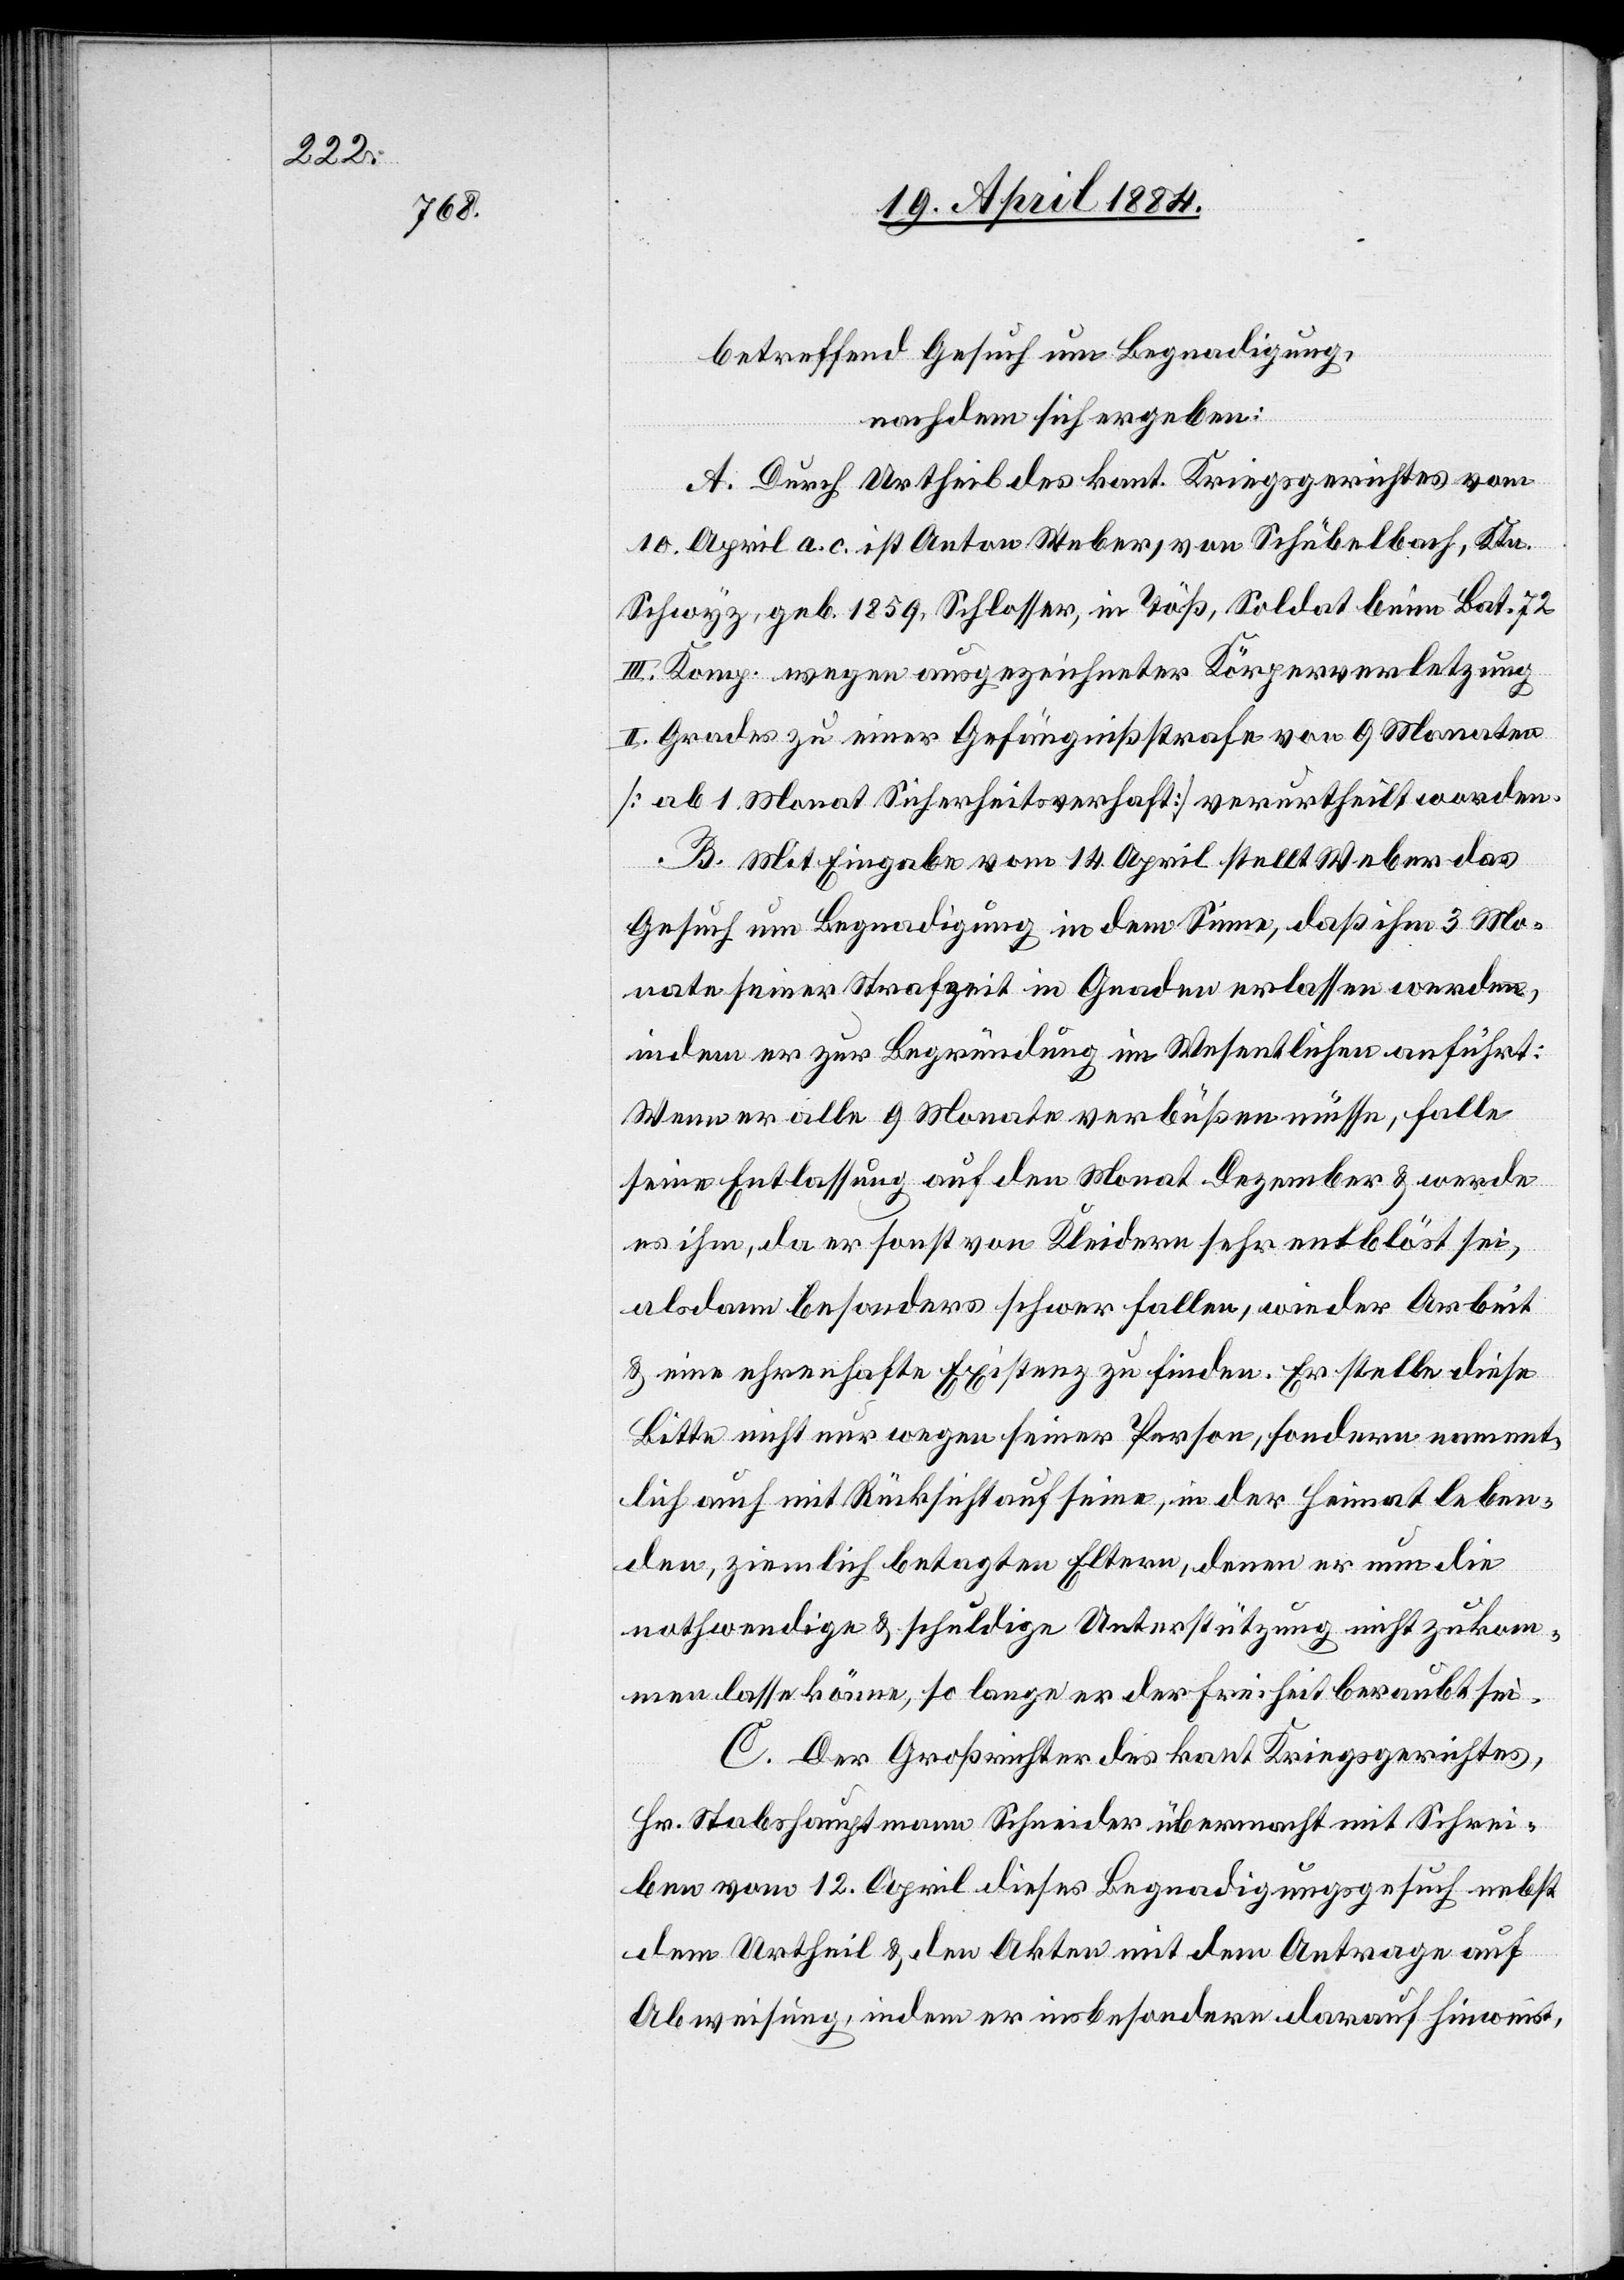
betreffend Gesuch um Begnadigung,
nachdem sich ergeben:
A. Durch Urtheil des kant. Kriegsgerichtes vom
10. April a. c. ist Anton Weber, von Schübelbach, Ktn.
Schwyz, geb. 1859, Schlosser, in Töß, Soldat beim Bat. 72
III. Komp. wegen ausgezeichneter Körperverletzung
II. Grades zu einer Gefängnißstrafe von 9 Monaten
[ab 1 Monat Sicherheitsverhaft] verurtheilt worden.
B. Mit Eingabe vom 14. April stellt Weber das
Gesuch um Begnadigung in dem Sinne, daß ihm 3 Mo¬
nate seiner Strafzeit in Gnaden erlassen werden,
indem er zur Begründung im Wesentlichen anführt:
Wenn er alle 9 Monate verbüßen müsse, falle
seine Entlassung auf den Monat Dezember & werde
es ihm, da er sonst von Kleidern sehr entblöst sei,
alsdann besonders schwer fallen, wieder Arbeit
& eine ehrenhafte Existenz zu finden. Er stelle diese
Bitte nicht nur wegen seiner Person, sondern nament¬
lich auch mit Rücksicht auf seine, in der Heimat leben¬
den, ziemlich betagten Eltern, denen er nun die
nothwendige & schuldige Unterstützung nicht zukom¬
men lasse[n] könne, so lange er der Freiheit beraubt sei.
C. Der Großrichter des kant. Kriegsgerichtes,
Hr. Stabeshauptmann Schneider übermacht mit Schrei¬
ben vom 12. April dieses Begnadigungsgesuch nebst
dem Urtheil & den Akten mit dem Antrage auf
Abweisung, indem er insbesondere darauf hinweist,